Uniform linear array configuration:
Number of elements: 16
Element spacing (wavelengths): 0.75
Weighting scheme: hann
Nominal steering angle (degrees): -60
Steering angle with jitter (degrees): -58.648
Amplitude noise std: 0.05
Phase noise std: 0.05

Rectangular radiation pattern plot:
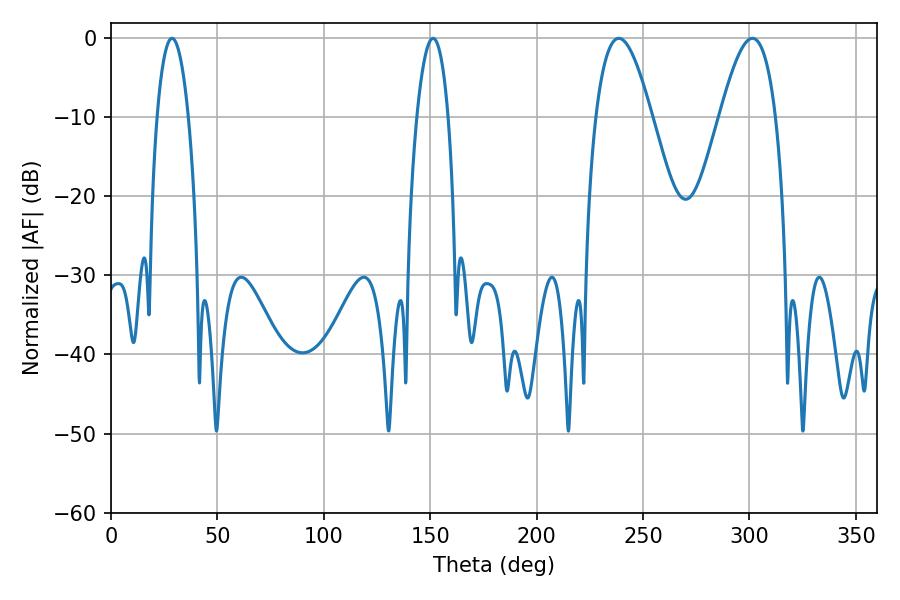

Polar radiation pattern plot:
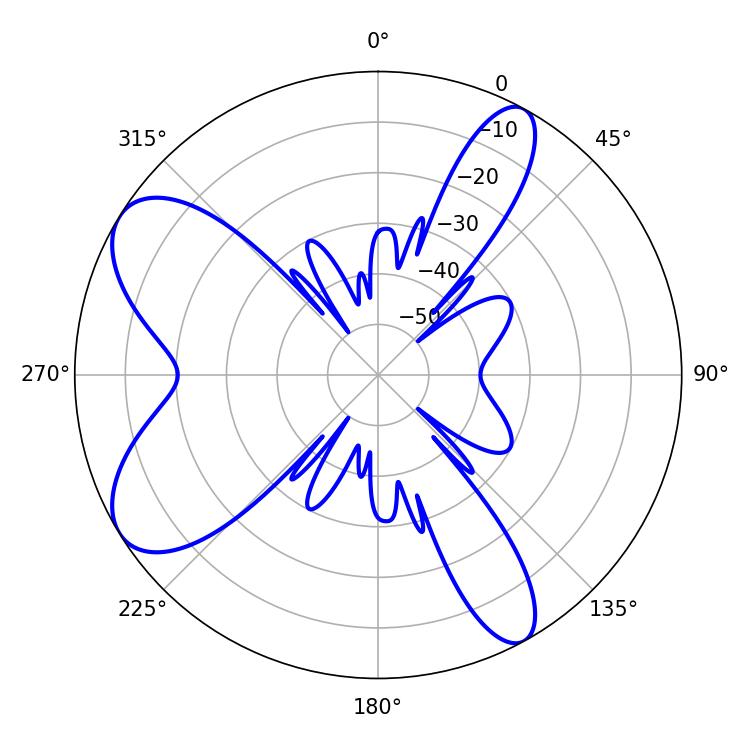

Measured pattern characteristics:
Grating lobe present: TRUE
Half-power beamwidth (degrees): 14.22
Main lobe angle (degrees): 238.68